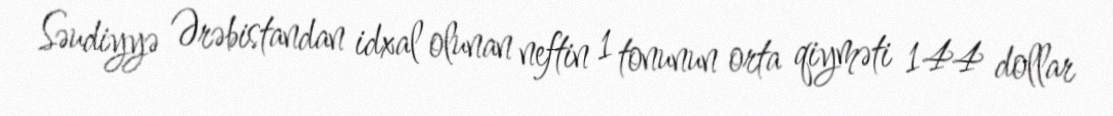
Səudiyyə Ərəbistandan idxal olunan neftin 1 tonunun orta qiyməti 144 dollar